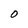
Character: 0